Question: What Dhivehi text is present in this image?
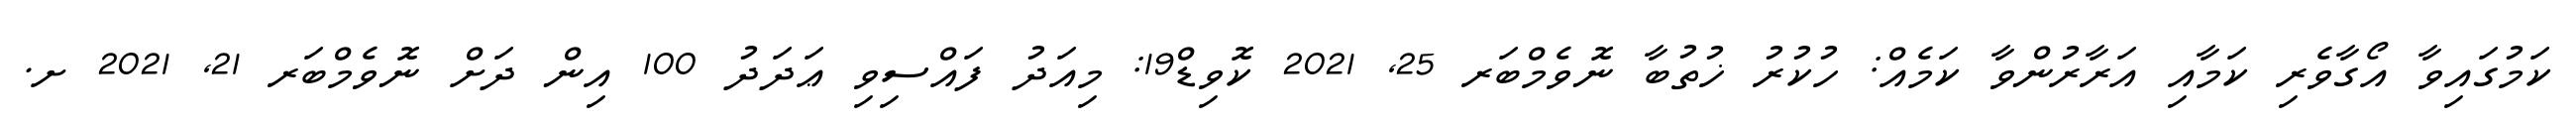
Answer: ކަމުގައިވާ އޯގާވެރި ކަމާއި އަރާރުންވާ ކަމެއް: ހުކުރު ޚުތުބާ ނޮވެމްބަރ 25, 2021 ކޮވިޑް19: މިއަދު ފައްސިވި ޢަދަދު 100 އިން ދަށް ނޮވެމްބަރ 21, 2021 ށ.